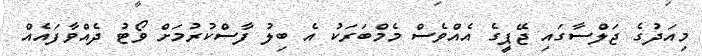
މިއަދުގެ ޖަލްސާގައި ޖޭޕީގެ އެއްވެސް މެމްބަރަކު އެ ބިލު ފާސްކުރުމަށް ވޯޓު ދެއްވާފައެއް